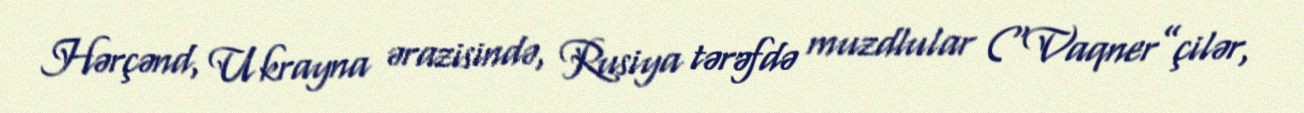
Hərçənd, Ukrayna ərazisində, Rusiya tərəfdə muzdlular (“Vaqner”çilər,